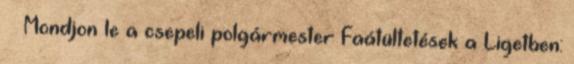
› ›Mondjon le a csepeli polgármester Faátültetések a Ligetben: